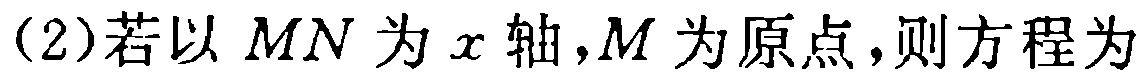
(2)若以 \(MN\) 为 \(x\) 轴，\(M\) 为原点，则方程为